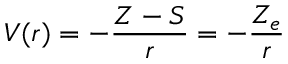
V ( r ) = - { \frac { Z - S } { r } } = - { \frac { Z _ { e } } { r } }